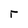
Character: r